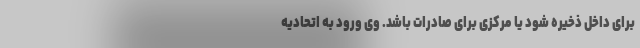
برای داخل ذخیره شود یا مرکزی برای صادرات باشد. وی ورود به اتحادیه